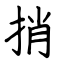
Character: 捎